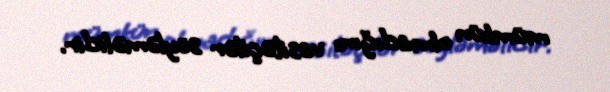
mümkün olmadığını vasitəçilər söyləməlidir.